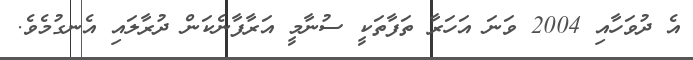
އެ ދުވަހާއި 2004 ވަނަ އަހަރާ ތަފާތަކީ ސުނާމީ އަރާފާނެކަން ދުރާލައި އެނގުމެވެ.